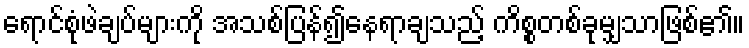
ရောင်စုံဖဲချပ်များကို အသစ်ပြန်၍နေရာချသည့် ကိစ္စတစ်ခုမျှသာဖြစ်၏။